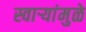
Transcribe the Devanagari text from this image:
स्वाऱ्यांमुळे